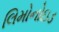
લિમોનોઇડ